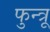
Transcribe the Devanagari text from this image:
फुन्त्रू